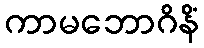
ကာမဘောဂိနိံ